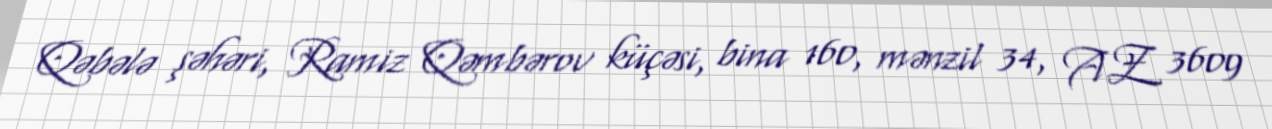
Qəbələ şəhəri, Ramiz Qəmbərov küçəsi, bina 160, mənzil 34, AZ 3609